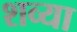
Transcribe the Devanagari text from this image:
शव्या